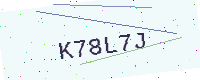
Text: K78L7J